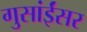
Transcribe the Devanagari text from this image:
गुसांईंसर